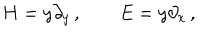
H = y \partial _ { y } \, , \quad \quad E = y \partial _ { x } \, ,